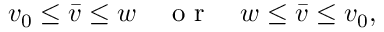
v _ { 0 } \leq \bar { v } \leq w \quad \mathrm { ~ o ~ r ~ } \quad w \leq \bar { v } \leq v _ { 0 } ,